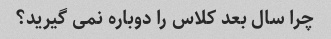
چرا سال بعد کلاس را دوباره نمی گیرید؟